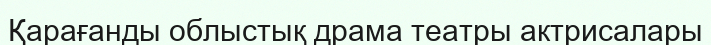
Қарағанды облыстық драма театры актрисалары